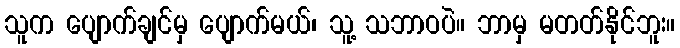
သူက ပျောက်ချင်မှ ပျောက်မယ်၊ သူ့ သဘာဝပဲ။ ဘာမှ မတတ်နိုင်ဘူး။